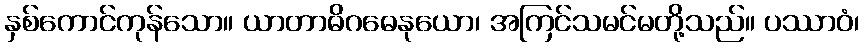
နှစ်ကောင်ကုန်သော။ ယာတာဓိဂဓေနုယော၊ အကြင်သမင်မတို့သည်။ ပဿာဝံ၊